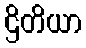
ဌိတိယာ